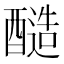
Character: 𮡀